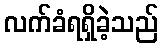
လက်ခံရရှိခဲ့သည်